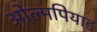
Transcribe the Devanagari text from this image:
ओल्मपियाड